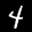
Label: 4